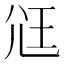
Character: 尩